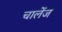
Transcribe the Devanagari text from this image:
चालेंज